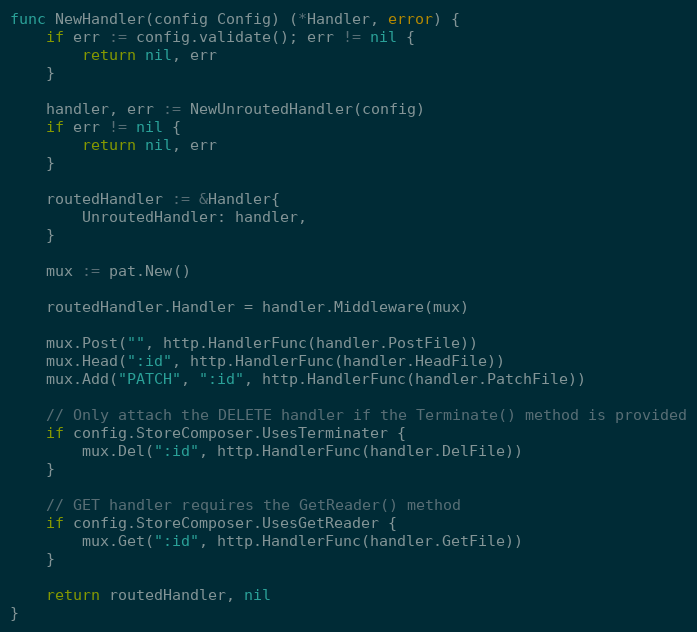
Language: Go
func NewHandler(config Config) (*Handler, error) {
	if err := config.validate(); err != nil {
		return nil, err
	}

	handler, err := NewUnroutedHandler(config)
	if err != nil {
		return nil, err
	}

	routedHandler := &Handler{
		UnroutedHandler: handler,
	}

	mux := pat.New()

	routedHandler.Handler = handler.Middleware(mux)

	mux.Post("", http.HandlerFunc(handler.PostFile))
	mux.Head(":id", http.HandlerFunc(handler.HeadFile))
	mux.Add("PATCH", ":id", http.HandlerFunc(handler.PatchFile))

	// Only attach the DELETE handler if the Terminate() method is provided
	if config.StoreComposer.UsesTerminater {
		mux.Del(":id", http.HandlerFunc(handler.DelFile))
	}

	// GET handler requires the GetReader() method
	if config.StoreComposer.UsesGetReader {
		mux.Get(":id", http.HandlerFunc(handler.GetFile))
	}

	return routedHandler, nil
}